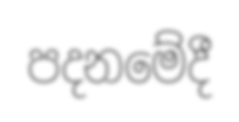
පදනමේදී